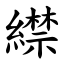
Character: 䌝